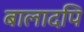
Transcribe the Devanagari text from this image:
बालादपि